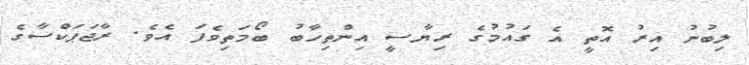
ލިބުނު އިރު އޮތީ އެ ގައުމުގެ ރިޔާސީ އިންތިހާބު ބޯމަތިވެފަ އެވެ. ރާޖަޕަކްސާގެ